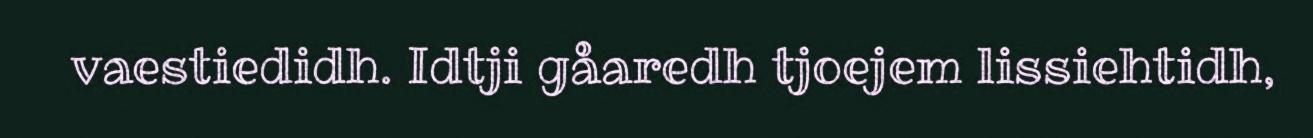
vaestiedidh. Idtji gåaredh tjoejem lissiehtidh,